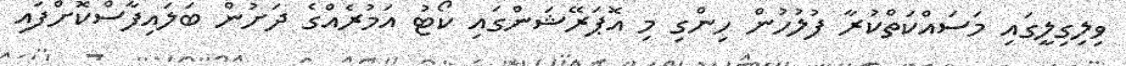
ވިލިގިލީގައި މަސައްކަތްކުރާ ފުލުހުން ހިންގި މި އޮޕަރޭޝަންގައި ކޯޓު އަމުރެއްގެ ދަށުން ބަލައިފާސްކޮށްފައި